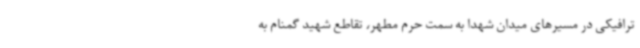
ترافیکی در مسیرهای میدان شهدا به سمت حرم مطهر، تقاطع شهید گمنام به